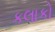
કલાકો